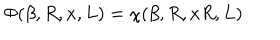
LaTeX: \Phi ( \beta , R , x , L ) = \chi ( \beta , R , x R , L )